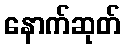
နောက်ဆုတ်